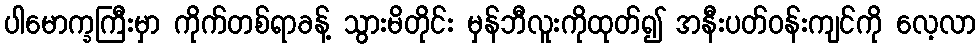
ပါမောက္ခကြီးမှာ ကိုက်တစ်ရာခန့် သွားမိတိုင်း မှန်ဘီလူးကိုထုတ်၍ အနီးပတ်ဝန်းကျင်ကို လေ့လာ